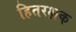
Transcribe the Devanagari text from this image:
हितरक्षक